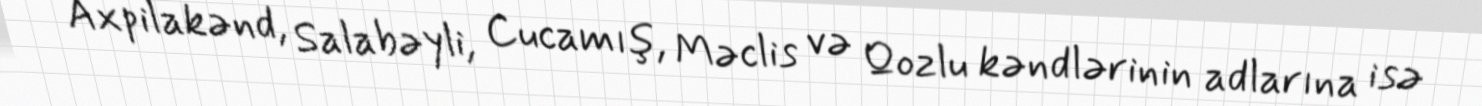
Axpilakənd, Salabəyli, Cucamış, Məclis və Qozlu kəndlərinin adlarına isə